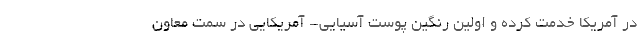
در آمریکا خدمت کرده و اولین رنگین پوست آسیایی- آمریکایی در سمت معاون